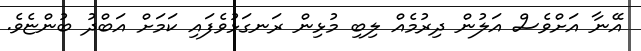
އޭނާ އަށްވެސް އަލުން ދިރުމެއް ލިބި މުޅިން ރަނގަޅުވެފައި ކަމަށް އަބްދު ބުންޏެވެ.